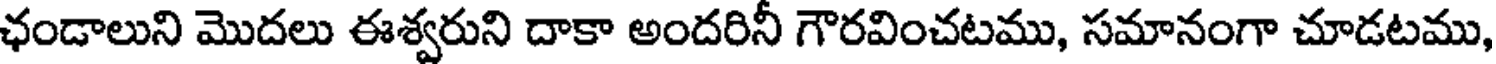
ఛండాలుని మొదలు ఈశ్వరుని దాకా అందరినీ గౌరవించటము, సమానంగా చూడటము,